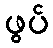
ဖွပ်